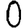
Digit: 0